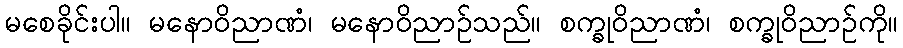
မစေခိုင်းပါ။ မနောဝိညာဏံ၊ မနောဝိညာဉ်သည်။ စက္ခုဝိညာဏံ၊ စက္ခုဝိညာဉ်ကို။